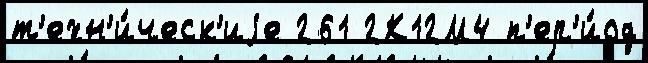
т'ехн'и́ческ'иjе 261 2К12М4 п'ер'и́од